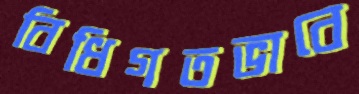
বিধিগতভাবে